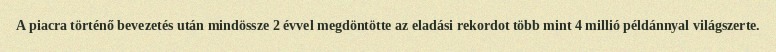
A piacra történő bevezetés után mindössze 2 évvel megdöntötte az eladási rekordot több mint 4 millió példánnyal világszerte.